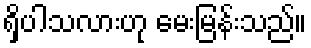
ရှိပါသလားဟု မေးမြန်းသည်။